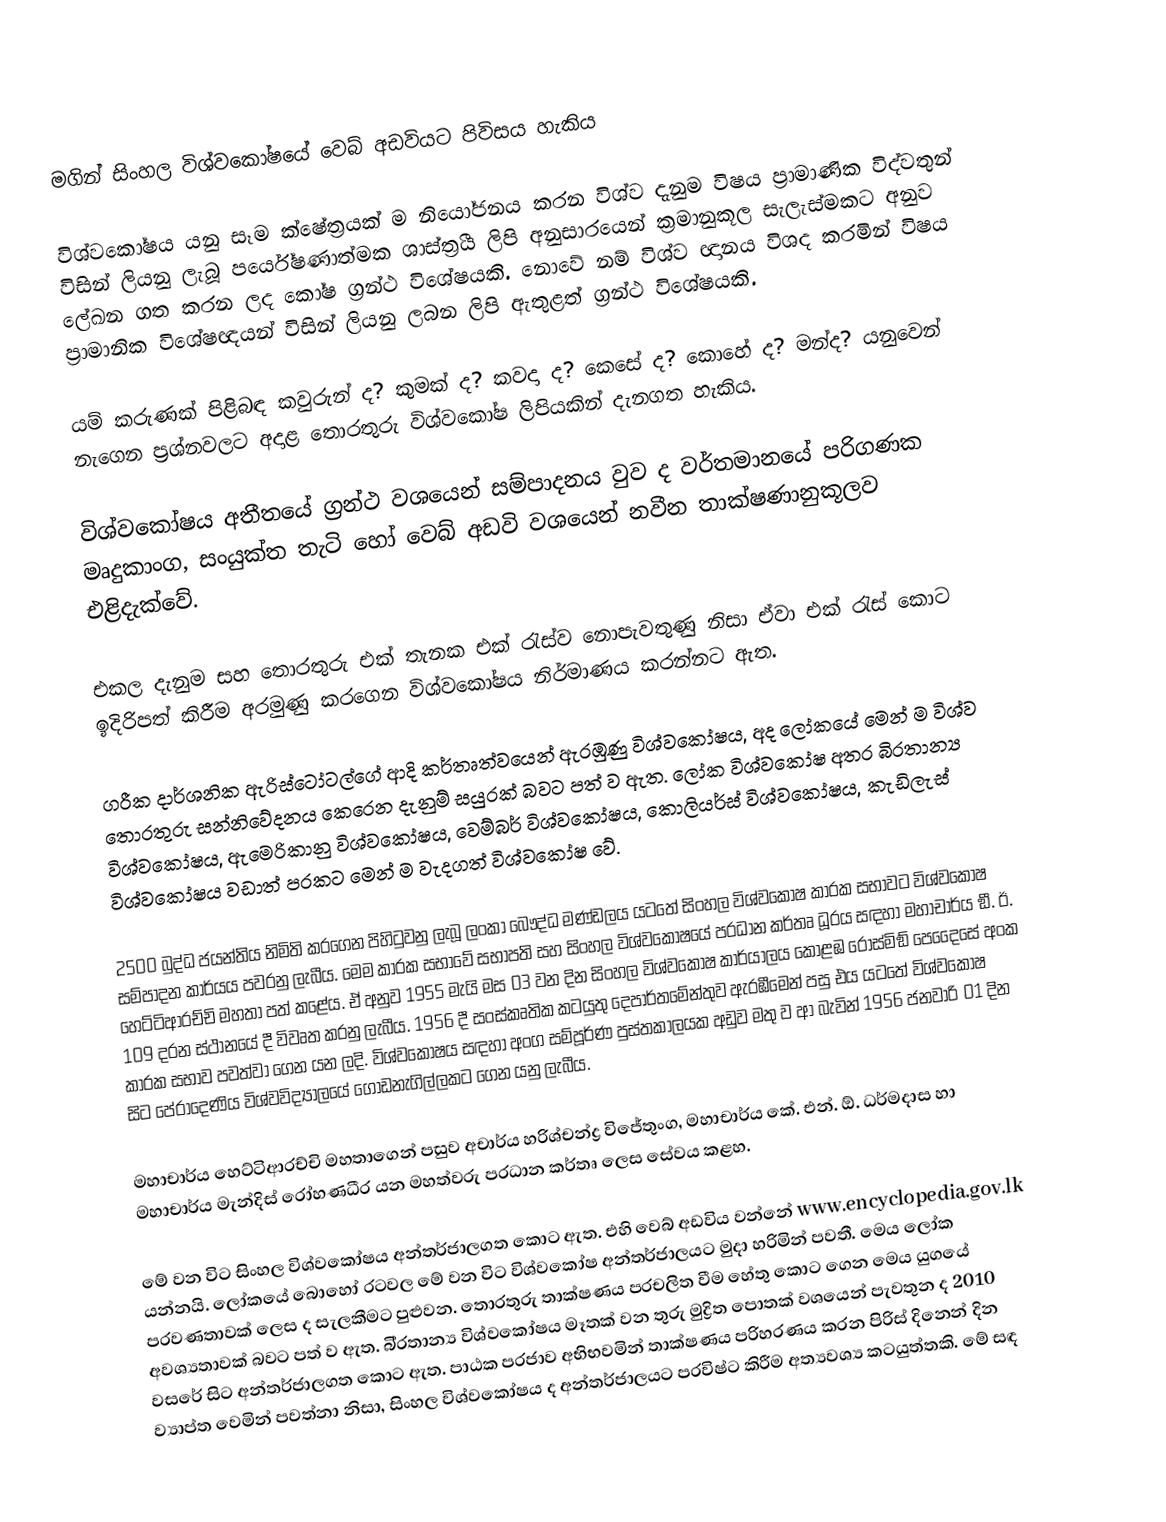
මගින් සිංහල විශ්වකෝෂයේ වෙබ් අඩවියට පිවිසය හැකිය

විශ්වකෝෂය යනු සෑම ක්ෂේත‍්‍රයක් ම නියෝජනය කරන විශ්ව දැනුම විෂය ප‍්‍රාමාණික විද්වතුන් විසින් ලියනු ලැබූ පර්යේෂණාත්මක ශාස්ත‍්‍රීය ලිපි අනුසාරයෙන් ක‍්‍රමානුකූල සැලැස්මකට අනුව ලේඛන ගත කරන ලද කෝෂ ග‍්‍රන්ථ විශේෂයකි. නොවේ නම් විශ්ව ඥානය විශද කරමින් විෂය ප‍්‍රාමානික විශේෂඥයන් විසින් ලියනු ලබන ලිපි ඇතුළත් ග‍්‍රන්ථ විශේෂයකි.

යම් කරුණක් පිළිබඳ කවුරුන් ද? කුමක් ද? කවදා ද? කෙසේ ද? කොහේ ද? මන්ද? යනුවෙන් නැගෙන ප‍්‍රශ්නවලට අදාළ තොරතුරු විශ්වකෝෂ ලිපියකින් දැනගත හැකිය.

විශ්වකෝෂය අතීතයේ ග‍්‍රන්ථ වශයෙන් සම්පාදනය වුව ද වර්තමානයේ පරිගණක මෘදුකාංග, සංයුක්ත තැටි හෝ වෙබ් අඩවි වශයෙන් නවීන තාක්ෂණානුකූලව එළිදැක්වේ.

එකල දැනුම සහ තොරතුරු එක් තැනක එක් රැස්ව නොපැවතුණු නිසා ඒවා එක් රැස් කොට ඉදිරිපත් කිරීම අරමුණු කරගෙන විශ්වකෝෂය නිර්මාණය කරන්නට ඇත.

ග‍්‍රීක දාර්ශනික ඇරිස්ටෝටල්ගේ ආදි කර්තෘත්වයෙන් ඇරඹුණු විශ්වකෝෂය, අද ලෝකයේ මෙන් ම විශ්ව තොරතුරු සන්නිවේදනය කෙරෙන දැනුම් සයුරක් බවට පත් ව ඇත. ලෝක විශ්වකෝෂ අතර බි‍්‍රතාන්‍ය විශ්වකෝෂය, ඇමෙරිකානු විශ්වකෝෂය, වෙම්බර් විශ්වකෝෂය, කොලියර්ස් විශ්වකෝෂය, කැඩිලැස් විශ්වකෝෂය වඩාත් ප‍්‍රකට මෙන් ම වැදගත් විශ්වකෝෂ වේ.

2500 බුද්ධ ජයන්තිය නිමිති කරගෙන පිහිටුවනු ලැබූ ලංකා බෞද්ධ මණ්ඩලය යටතේ සිංහල විශ්වකෝෂ කාරක සභාවට විශ්වකෝෂ සම්පාදන කාර්යය පවරනු ලැබීය. මෙම කාරක සභාවේ සභාපති සහ සිංහල විශ්වකෝෂයේ ප‍්‍රධාන කර්තෘ ධූරය සඳහා මහාචාර්ය ඞී. ඊ. හෙට්ටිආරච්චි මහතා පත් කළේය. ඒ අනුව 1955 මැයි මස 03 වන දින සිංහල විශ්වකෝෂ කාර්යාලය කොළඹ රොස්මිඞ් පෙදෙෙසේ අංක 109 දරන ස්ථානයේ දී විවෘත කරනු ලැබීය. 1956 දී සංස්කෘතික කටයුතු දෙපාර්තමේන්තුව ඇරඹීමෙන් පසු එය යටතේ විශ්වකෝෂ කාරක සභාව පවත්වා ගෙන යන ලදි. විශ්වකෝෂය සඳහා අංග සම්පූර්ණ පුස්තකාලයක අඩුව මතු ව ආ බැවින් 1956 ජනවාරි 01 දින සිට පේරාදෙණිය විශ්වවිද්‍යාලයේ ගොඩනැගිල්ලකට ගෙන යනු ලැබීය.

මහාචාර්ය හෙට්ටිආරච්චි මහතාගෙන් පසුව අචාර්ය හරිශ්චන්ද්‍ර විජේතුංග, මහාචාර්ය කේ. එන්.  ඕ. ධර්මදාස හා මහාචාර්ය මැන්දිස් රෝහණධීර යන මහත්වරු ප‍්‍රධාන කර්තෘ ලෙස සේවය කළහ.

මේ වන විට සිංහල විශ්වකෝෂය අන්තර්ජාලගත කොට ඇත. එහි වෙබ් අඩවිය වන්නේ www.encyclopedia.gov.lk  යන්නයි. ලෝකයේ බොහෝ රටවල මේ වන විට විශ්වකෝෂ අන්තර්ජාලයට මුදා හරිමින් පවතී. මෙය ලෝක ප‍්‍රවණතාවක් ලෙස ද සැලකීමට පුළුවන. තොරතුරු තාක්ෂණය ප‍්‍රචලිත වීම හේතු කොට ගෙන මෙය යුගයේ අවශ්‍යතාවක් බවට පත් ව ඇත. බි‍්‍රතාන්‍ය විශ්වකෝෂය මෑතක් වන තුරු මුද්‍රිත පොතක් වශයෙන් පැවතුන ද 2010 වසරේ සිට අන්තර්ජාලගත කොට ඇත. පාඨක ප‍්‍රජාව අභිභවමින් තාක්ෂණය පරිහරණය කරන පිරිස් දිනෙන් දින ව්‍යාප්ත වෙමින් පවත්නා නිසා, සිංහල විශ්වකෝෂය ද අන්තර්ජාලයට ප‍්‍රවිෂ්ට කිරීම අත්‍යවශ්‍ය කටයුත්තකි. මේ සඳ